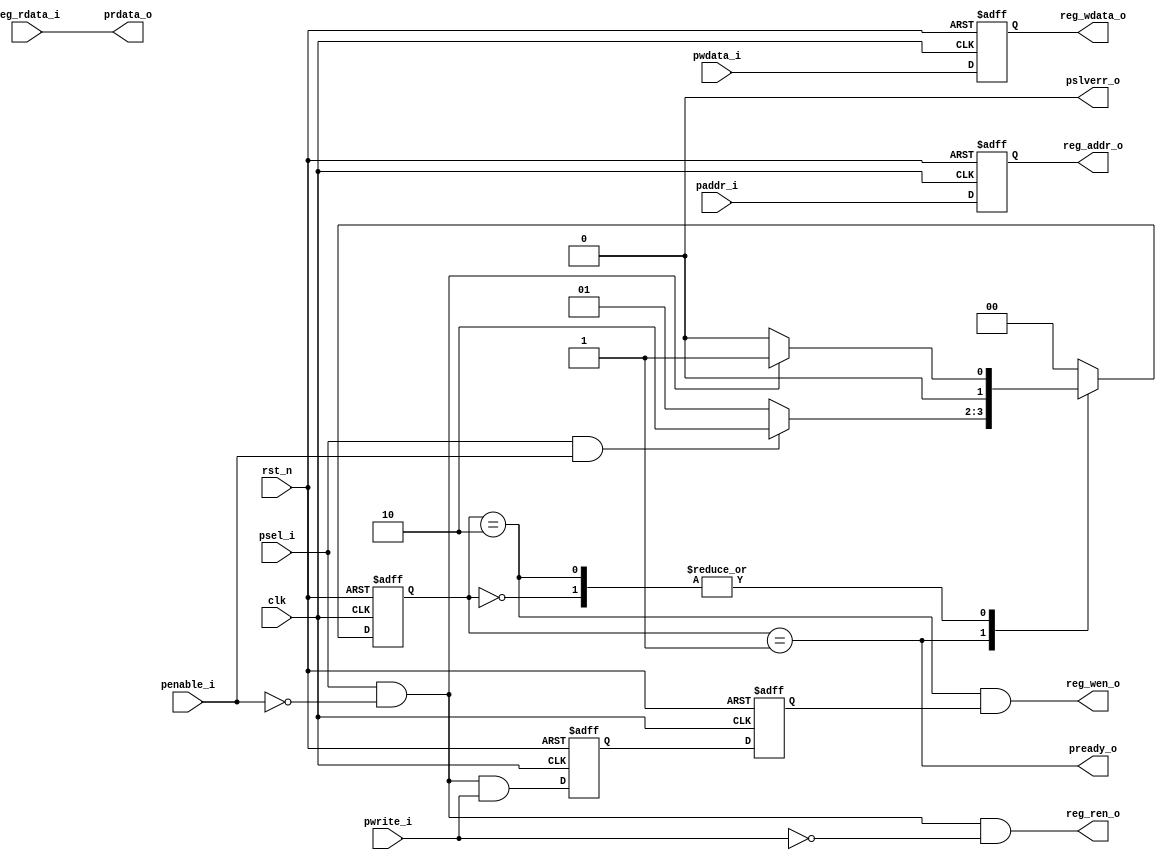
// SPDX-FileCopyrightText: 2022 SH CONSULTING K.K.
//
// Licensed under the Apache License, Version 2.0 (the "License");
// you may not use this file except in compliance with the License.
// You may obtain a copy of the License at
//
//      http://www.apache.org/licenses/LICENSE-2.0
//
// Unless required by applicable law or agreed to in writing, software
// distributed under the License is distributed on an "AS IS" BASIS,
// WITHOUT WARRANTIES OR CONDITIONS OF ANY KIND, either express or implied.
// See the License for the specific language governing permissions and
// limitations under the License.
// SPDX-License-Identifier: Apache-2.0

////////////////////////////////////////////////////////////////////////////////
// Company     : SH Consulting
//
// Description : APB slave
//
// History     : Initial 	
//
////////////////////////////////////////////////////////////////////////////////

module cmt_apb
    (
    clk,
    rst_n,
    //---------------------------------
    //APB bus interface
    psel_i,
    pwrite_i,
    penable_i,
    paddr_i,
    pwdata_i,
    prdata_o,
    pslverr_o,
    pready_o,
    //---------------------------------
    // Register file interface
    reg_wen_o,
    reg_wdata_o,
    reg_addr_o,
    reg_ren_o,
    reg_rdata_i
    );

////////////////////////////////////////////////////////////////////////////////
//parameter
parameter AW      = 4'd8;
parameter DW      = 6'd32;
parameter IDLE    = 2'b00;
parameter SETUP   = 2'b01;
parameter ENABLE  = 2'b10;

////////////////////////////////////////////////////////////////////////////////
// Port declarations
input               clk;
input               rst_n;
// APB bus interface
input               psel_i;
input               pwrite_i;
input               penable_i;
input  [AW-1:0]	    paddr_i;
input [DW-1:0]	    pwdata_i;
output [DW-1:0]	    prdata_o;
output              pslverr_o;
output              pready_o;

//---------------------------------
// Register file interface
output              reg_wen_o;
output [DW-1:0]     reg_wdata_o;
output [AW-1:0]     reg_addr_o;
output              reg_ren_o;
input [DW-1:0]      reg_rdata_i;
////////////////////////////////////////////////////////////////////////////////
//internal signal
reg [AW-1:0]        reg_addr_o;

wire                setup_det;
wire                enable_det;
reg [1:0]	    state;
reg [1:0]           nxt_state;
wire                st_enable;
wire                st_setup;
wire                reg_wen;
reg                 reg_wen_1;
reg                 reg_wen_2;
wire                reg_ren;
reg [DW-1:0]        pwdata_1;
////////////////////////////////////////////////////////////////////////////////
// Local logic and instantiation

//------------------------------------------------------------------------------
// APB next state logic

//Setup detect
assign setup_det = psel_i & (~penable_i);
//Enable detect
assign enable_det = psel_i & penable_i;
//Register file address decode 
assign reg_wen = setup_det & pwrite_i;
assign reg_ren = setup_det & (~pwrite_i);
//APB state machine
always @ (*)
    begin
    case (state)
    	IDLE :
            begin
    	    nxt_state = setup_det ? SETUP : IDLE;
    	    end	
    	SETUP :
    	    begin
    	    nxt_state = enable_det ? ENABLE : SETUP;
    	    end	
    	ENABLE :
    	    begin
    	    nxt_state = setup_det ? SETUP : IDLE;
    	    end	
    	default :
    	    begin
    	    nxt_state = IDLE;
    	    end	
    endcase
    end
//------------------------------------------------------------------------------
// FF
always @ (posedge clk or negedge rst_n)
    begin
    if(!rst_n)
        state <= IDLE;
    else
        state <= nxt_state;
    end

assign st_enable = (state == ENABLE);
assign st_setup = (state == SETUP);

always @ (posedge clk or negedge rst_n)
    begin
    if(!rst_n)
        pwdata_1 <= {DW{1'b0}};
    else
        pwdata_1 <= pwdata_i;
    end
always @ (posedge clk or negedge rst_n)
    begin
    if(!rst_n)
        reg_wen_1 <= 1'b0;
    else
        reg_wen_1 <= reg_wen;
    end
always @ (posedge clk or negedge rst_n)
    begin
    if(!rst_n)
        reg_wen_2 <= 1'b0;
    else
        reg_wen_2 <= reg_wen_1;
    end
always @ (posedge clk or negedge rst_n)
    begin
    if(!rst_n)
        reg_addr_o <= {AW{1'b0}};
    else
        reg_addr_o <= paddr_i;
    end

//Write to registers
assign reg_wen_o = st_enable & reg_wen_2; 
assign reg_wdata_o = pwdata_1;
//Read from register
assign reg_ren_o = reg_ren;
//Mux reading data
assign prdata_o = reg_rdata_i;
assign pslverr_o = 1'b0;
assign pready_o = st_setup;

endmodule